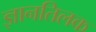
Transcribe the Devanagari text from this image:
ज्ञानतिलक